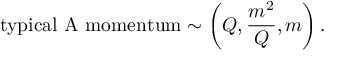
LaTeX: \mathrm { t y p i c a l ~ A ~ m o m e n t u m } \sim \left( Q , \frac { m ^ { 2 } } { Q } , m \right) .